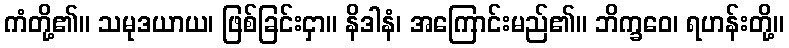
ကံတို့၏။ သမုဒယာယ၊ ဖြစ်ခြင်းငှာ။ နိဒါနံ၊ အကြောင်းမည်၏။ ဘိက္ခဝေ၊ ရဟန်းတို့။